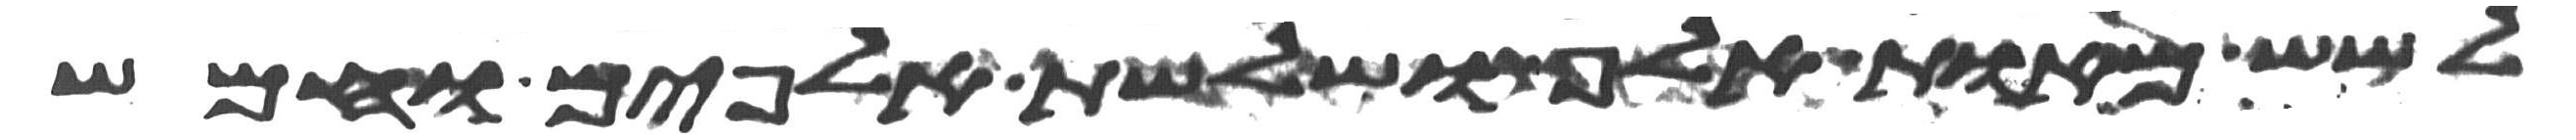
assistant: לשש מאות אלף ושלשת אלפים וחמש